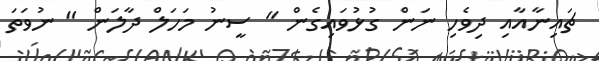
ޗައިނާއާއި ދިވެހި ނަން ގުޅުވައިގެން " ސީނު މަހަލް ދާލަން " ނުވަތަ